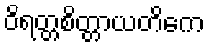
ဝိရတ္တစိတ္တာယတိကေ